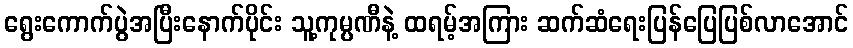
ရွေးကောက်ပွဲအပြီးနောက်ပိုင်း သူ့ကုမ္ပဏီနဲ့ ထရမ့်အကြား ဆက်ဆံရေးပြန်ပြေပြစ်လာအောင်